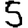
Digit: 5